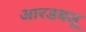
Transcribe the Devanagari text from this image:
आरडबलू